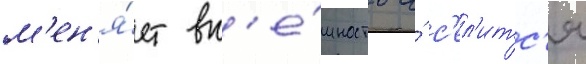
м'ен'я́ет вн'е́шность и́ с'ел'итс'я